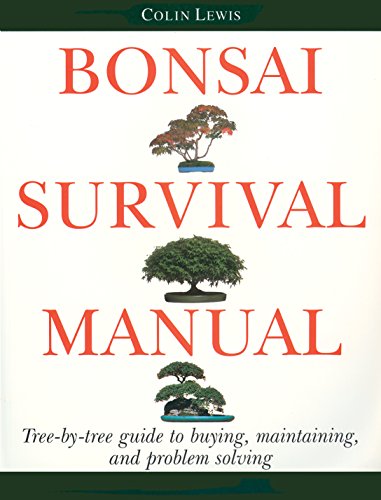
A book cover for Bonsai Survival Manual: Tree-by-Tree Guide to Buying, Maintaining, and Problem Solving; Colin Lewis; Crafts, Hobbies & Home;